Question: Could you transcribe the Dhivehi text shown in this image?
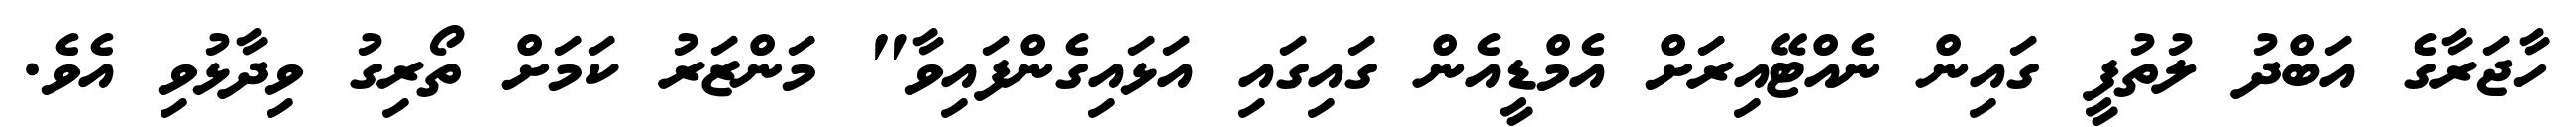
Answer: ހާޖަރާގެ އަބްދު ލުތުފީ ގައިން ނެއްޓޭއިރަށް އެމްޑީއެން ގައިގައި އަޅައިގެންފައިވާ" މަންޒަރު ކަމަށް ތޯރިގު ވިދާޅުވި އެވެ.